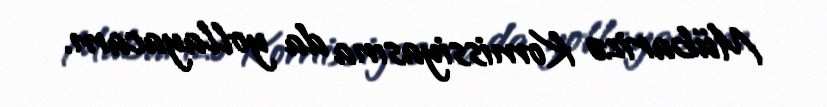
Mübarizə Komissiyasına da yollayacam.